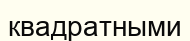
квадратными